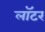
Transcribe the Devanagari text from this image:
लॉटर